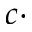
c \cdot